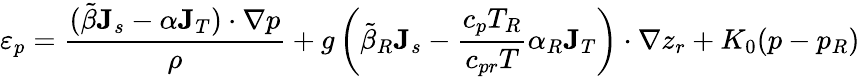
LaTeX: \varepsilon_{p}=\frac{(\tilde{\beta}{\mathbf J}_{s}-\alpha{\mathbf J}_{T})\cdot\nabla p}{\rho}+g\left(\tilde{\beta}_{R}{\mathbf J}_{s}-\frac{c_{p}T_{R}}{c_{pr}T}\alpha_{R}{\mathbf J}_{T}\right)\cdot\nabla z_{r}+K_{0}(p-p_{R})